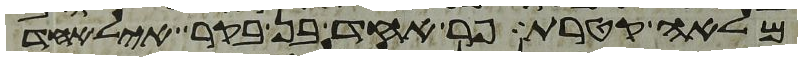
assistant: מלאה קטרת פר אחד בן בקר איל אחד